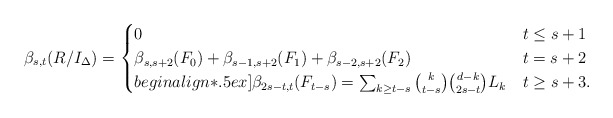
\begin{align*}\beta_{s, t} (R/I_{\Delta}) & = \begin{cases}0 & t \le s+1 \\\beta_{s, s+2} (F_0) + \beta_{s-1, s+2} (F_1) + \beta_{s-2, s+2} (F_2) & t = s+2 \\begin{align*}.5ex]\beta_{2s - t, t} (F_{t-s}) = \sum_{k \ge t - s} \binom{k}{t-s} \binom{d-k}{2s - t} L_k & t \ge s+3.\end{cases}\end{align*}